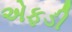
એફડી